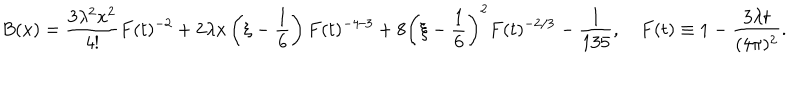
B ( x ) = \frac { 3 \lambda ^ { 2 } x ^ { 2 } } { 4 ! } F ( t ) ^ { - 2 } + 2 \lambda x \left( \xi - \frac { 1 } { 6 } \right) F ( t ) ^ { - 4 / 3 } + 8 \left( \xi - \frac { 1 } { 6 } \right) ^ { 2 } F ( t ) ^ { - 2 / 3 } - \frac { 1 } { 1 3 5 } , F ( t ) \equiv 1 - \frac { 3 \lambda t } { ( 4 \pi ) ^ { 2 } } .